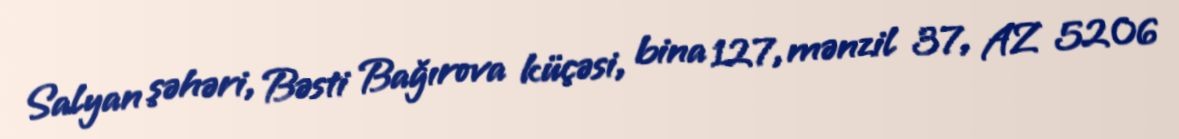
Salyan şəhəri, Bəsti Bağırova küçəsi, bina 127, mənzil 37, AZ 5206